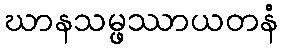
ဃာနသမ္ဖဿာယတနံ